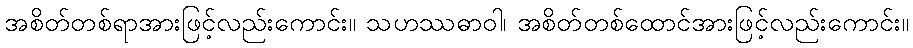
အစိတ်တစ်ရာအားဖြင့်လည်းကောင်း။ သဟဿဓာဝါ၊ အစိတ်တစ်ထောင်အားဖြင့်လည်းကောင်း။